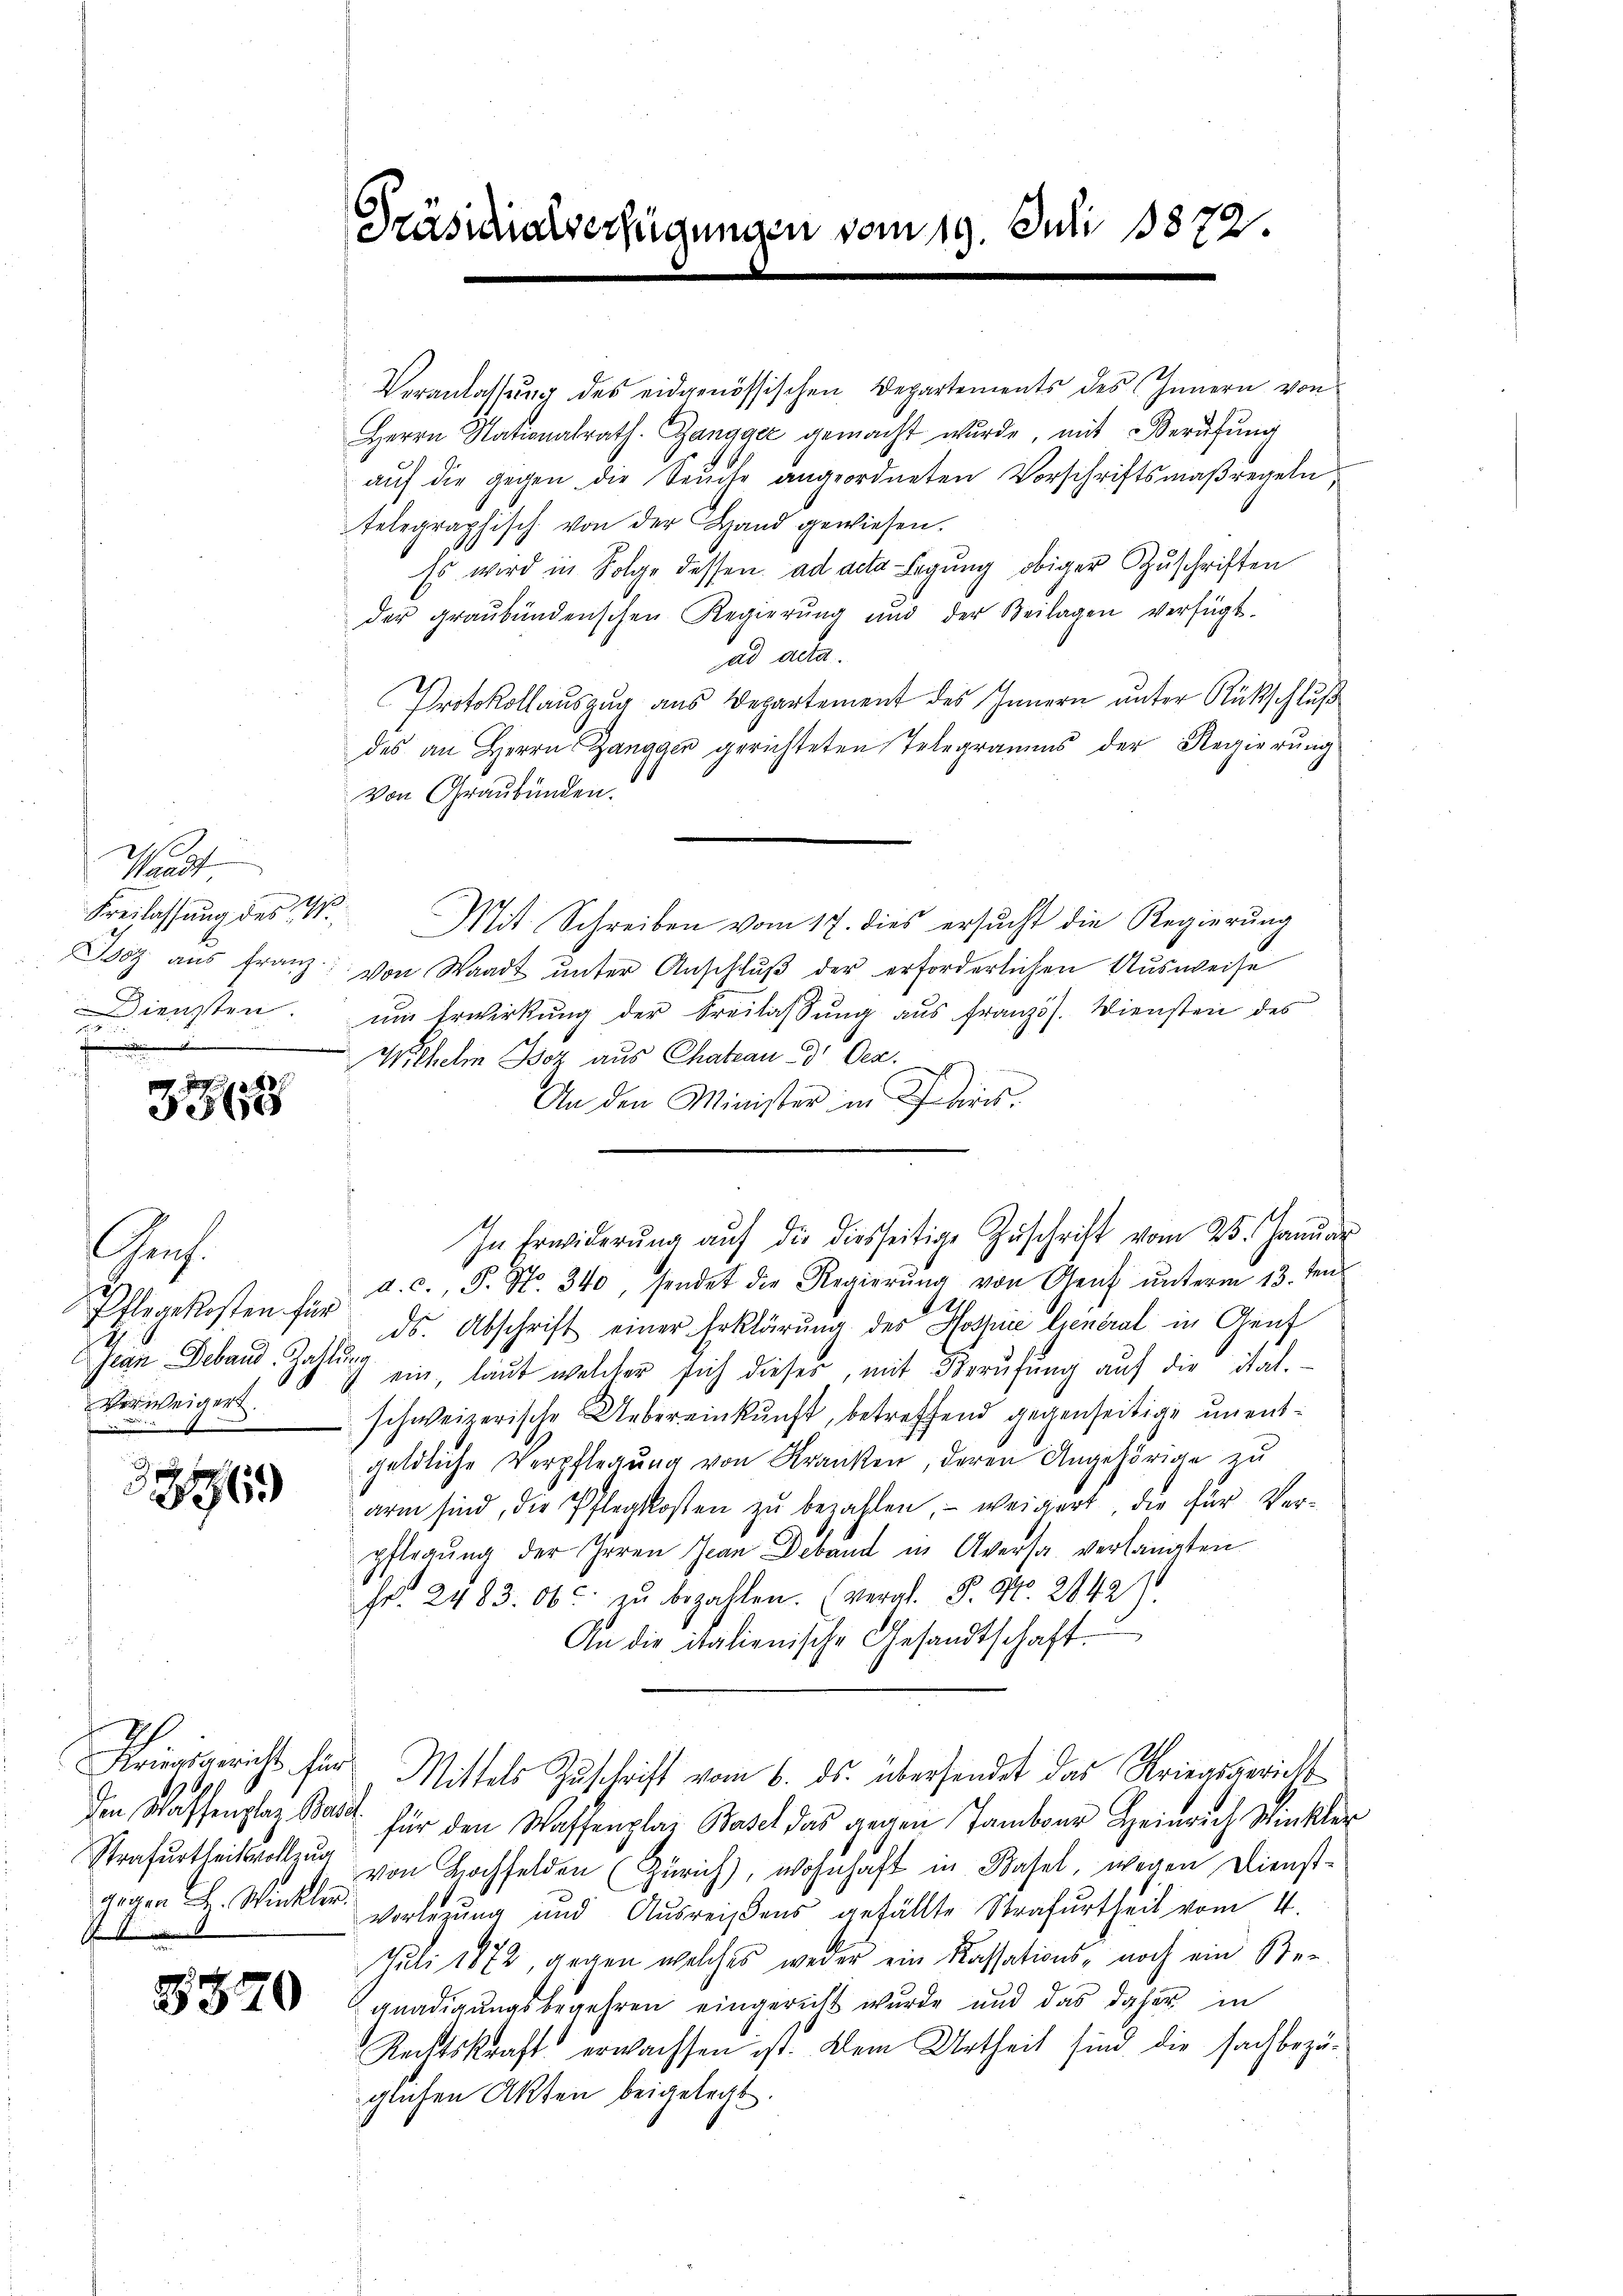
Sau
Freilassung des W
Boz aus Franz
Diensten.
2
.

3360

Chris
Pflegekosten für
Jean Deband Zahlung
Verweigert
1

2769

Preisgericht hier
199
den Wassenplaz Base
Strafurtheitsvollzug

3370

Präsidialverfügungen

Veranlassŭng des eidgenössischen Departements des Innern von
Herrn Stationalrath. Zangger gemacht wŭrde, mit Berŭfŭng
aŭf die gegen die Seuche angeordneten Vorschriftsmaßregeln,
telegraphisch von der Hand gewiesen.
Es wird in Folge dessen ad acta legung obiger Zuschriften
der graubündenschen Regierŭng und der Beilagen verfügt.
ad acta.
Protokollauszug aus Departement des Innern unter Rückschluß
des an Herrn Zangger gerichteten Telegramms der Regierung
Von Graubünden.
Mit Schreiben vom 17. dies ersucht die Regierung
Von Waadt ŭnter Anschlŭβ der erforderlichen Ausweise
um Erwirkung der Freilassung aus französ. Wiensten des
Wilhelm Boz aus Chateau dr Oec
An den Minister in Thiers.
d. c., S. No. 340, sendet die Regierŭng von Genf ŭnterm 13. ten
ds. Abschrift einer Erklärung des Hospice General in Genf
ein, laut welcher sich dieses, mit Berufung auf die ital.
schweizerische Uebereinkunft, betreffend gegenseitige unentgeldliche Verpflegŭng von Kranken, deren Angehörige zu
arm sind, die Pflegkosten zu bezahlen, – weigert, die für Verpflegung der Heren Jean Deband in Aversa verlangten
Fr. 2483. Ob zŭ bezahlen. (veral. P. Nr. 2042)
An die italienische Gesandtschaft.
Mittels Zŭschrift vom 6. ds. übersendet das Kriegsgericht
für den Waffenplaz Basel das gegen Tambour Heinrich Winkler
von Hochfelden (Zürich), wohnhaft in Basel, wegen Dienst-
gegen H. Winkler Vorlegung und Ausreisens gefällte Strafurtheil vom 4.
Juli 1872, gegen welches weder ein Kassations- noch ein Be-
gnadigungsbegehren eingericht wurde und das daher in
Rechtskraft erwachsen ist. Dein Urtheil sind die sachbezüglichen Akten beigelegt

In Erwiderŭng aŭf die diesseitige Zŭschritt vom 25. Janŭar

die 1872.